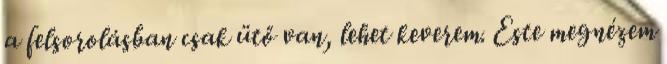
a felsorolásban csak ütő van, lehet keverem. Este megnézem